Vaccination in Bombay 1889-1901 - 1889-1901
Year: 1889
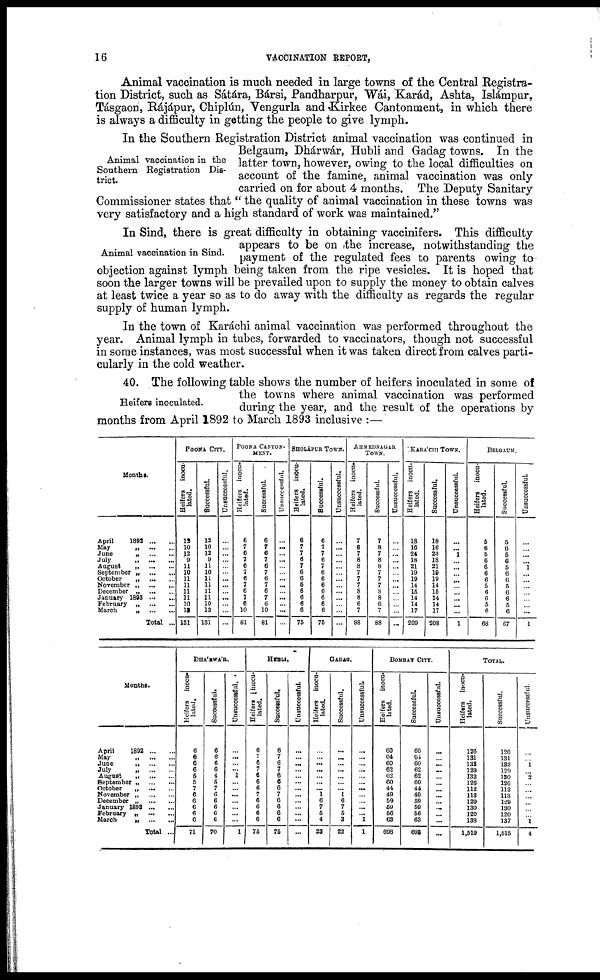
16
VACCINATION REPORT,
Animal vaccination is much needed in large towns of the Central Registra-
tion District, such as Sátára, Bársi, Pandharpur, Wái, Karád, Ashta, Islámpur,
Tásgaon, Rájápur, Chiplún, Vengurla and Kirkee Cantonment, in which there
is always a difficulty in getting the people to give lymph.
Animal vaccination in the
Southern Registration Dis-
trict.
In the Southern Registration District animal vaccination was continued in
Belgaum, Dhárwár, Hubli and Gadag towns. In the
latter town, however, owing to the local difficulties on
account of the famine, animal vaccination was only
carried on for about 4 months. The Deputy Sanitary
Commissioner states that " the quality of animal vaccination in these towns was
very satisfactory and a high standard of work was maintained."
Animal vaccination in Sind.
In Sind, there is great difficulty in obtaining vaccinifers. This difficulty
appears to be on the increase, notwithstanding the
payment of the regulated fees to parents owing to
objection against lymph being taken from the ripe vesicles. It is hoped that
soon the larger towns will be prevailed upon to supply the money to obtain calves
at least twice a year so as to do away with the difficulty as regards the regular
supply of human lymph.
In the town of Karáchi animal vaccination was performed throughout the
year. Animal lymph in tubes, forwarded to vaccinators, though not successful
in some instances, was most successful when it was taken direct from calves parti-
cularly in the cold weather.
Heifers inoculated.
40. The following table shows the number of heifers inoculated in some of
the towns where animal vaccination was performed
during the year, and the result of the operations by
months from April 1892 to March 1893 inclusive :—
Months.
April
1892
... ...
May
„
... ...
June
„
...
...
July
„
...
...
August
„
...
...
September
„
...
...
October
„
... ...
November „
... ...
December „
... ...
January 1893
... ...
February
„
...
...
March
„
... ...
Total ...
POONA CITY.
Heifers inocu-
lated.
12
10
12
9
11
10
11
11
11
11
10
13
131
Successful.
12
10
12
9
11
10
11
11
11
11
10
13
131
Unsuccessful.
...
...
...
...
...
...
...
...
...
...
...
...
...
POONA CANTON-
----.
Heifers inocu-
lated.
6
7
6
7
6
7
6
7
6
7
6
10
81
Successful.
6
7
6
7
6
7
6
7
6
7
6
10
81
Unsuccessful.
...
...
...
...
...
...
...
...
...
...
...
...
...
SHOLÁPUR TOWN.
Heifers inocu-
lated.
6
7
7
6
7
6
6
6
6
6
6
6
75
Successful.
6
7
7
6
7
6
6
6
6
6
6
6
75
Unsuccessful.
...
...
...
...
...
...
...
...
...
...
...
...
...
AHMEDNAGAR
TOWN.
Heifers inocu-
lated.
7
8
7
8
8
7
7
7
8
8
6
7
88
Successful.
7
8
7
8
8
7
7
7
8
8
6
7
88
Unsuccessful.
...
...
...
...
...
...
...
...
...
...
...
...
...
KARÁCHI TOWN.
Heifers inocu-
lated.
18
16
24
18
21
19
19
14
15
14
14
17
209
Successful.
18
16
23
18
21
19
19
14
15
14
14
17
208
Unsuccessful.
...
... 1
...
...
...
...
...
...
...
...
...
1
BELGAUM.
Heifers inocu-
lated.
5
6
5
6
6
6
6
5
6
6
5
6
68
Successful.
5
6
5
6
5
6
6
5
6
6
5
6
67
Unsuccessful.
...
...
...
... 1
...
...
...
...
...
...
...
1
Months.
April
1892 ... ...
May
„
...
...
June
„
...
...
July
„
...
...
August
„ ...
...
September „ ... ...
October
„
...
...
November „
... ...
December „
... ...
January 1893 ... ...
February „
... ...
March
„
... ...
Total ...
DHÁRWÁR.
Heifers inocu-
lated.
6
6 6
6
5
5
7
6
6
6
6
6
71
Successful.
6
6
6
6
4
5
7
6
6
6
6
6
70
Unsuccessful.
...
...
...
... 1
...
...
...
...
...
...
...
1
HUBLI.
Heifers [inocu-
lated.
6
7
6
7
6
6
6
7
6
6
6
6
75
Successful.
6
7
6
7
6
6
6
7
6
6
6
6
75
Unsuccessful.
...
...
...
...
...
...
...
...
...
...
...
...
...
GADAG.
Heifers inocu¬
lated.
...
...
...
...
...
...
... 1
6
7
5
4
23
Successful.
...
...
...
...
...
...
...
1
6 7
5
3
22
Unsuccessful.
...
...
...
...
...
...
...
...
...
...
... 1
1
BOMBAY CITY.
Heifers inocu-
lated.
60
64
60
62
62
60
44
49
59
59
56
63
698
Successful.
60
64
60
62
62
60
44
49
59
59
56
63
698
Unsuccessful.
...
...
...
...
...
...
...
...
...
...
...
...
...
TOTAL.
Heifers inocu-
lated.
126
131
133
129
132
126
112
113
129
130
120
138
1,519
Successful.
126
131
132
129
130
126
112
113
129
130
120
137
1,515
Unsuccessful.
...
... 1
... 2
...
...
...
...
...
... 1
4